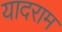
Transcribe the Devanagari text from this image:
यादराम